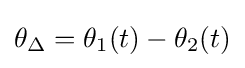
\theta _{\Delta }=\theta _{1}(t)-\theta _{2}(t)